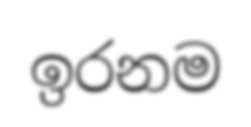
ඉරනම